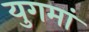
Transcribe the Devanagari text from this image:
युगमां